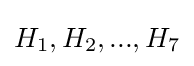
H_{1},H_{2},...,H_{7}